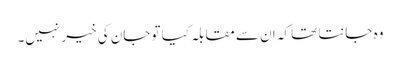
وہ جانتا تھا کہ ان سے مقابلہ کیا تو جان کی خیر نہیں۔